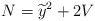
LaTeX: \begin{align*}N = { {\widetilde y} }^2 + 2 V \end{align*}